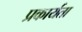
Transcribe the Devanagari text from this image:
प्रकार्यता